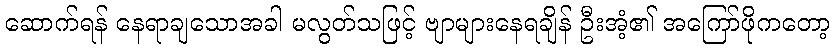
ဆောက်ရန် နေရာချသောအခါ မလွတ်သဖြင့် ဗျာများနေရချိန် ဦးအံ့၏ အကြော်ဖိုကတော့